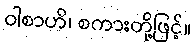
ဝါစာဟိ၊ စကားတို့ဖြင့်။